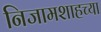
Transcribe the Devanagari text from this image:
निजामशाहच्या